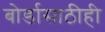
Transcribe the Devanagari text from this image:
बोर्डासाठीही